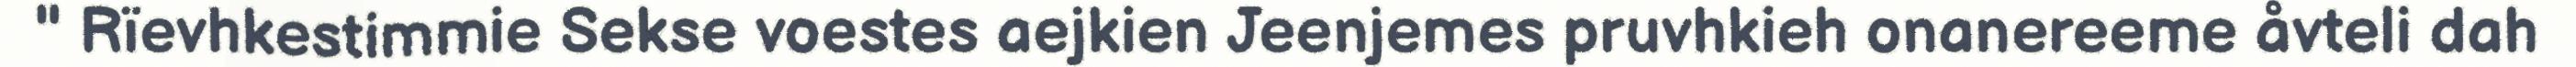
" Rïevhkestimmie Sekse voestes aejkien Jeenjemes pruvhkieh onanereeme åvteli dah